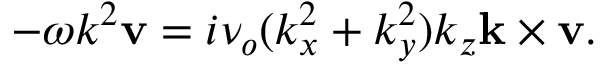
- \omega k ^ { 2 } \mathbf { v } = i \nu _ { o } ( k _ { x } ^ { 2 } + k _ { y } ^ { 2 } ) k _ { z } \mathbf { k } \times \mathbf { v } .